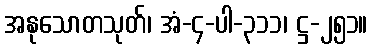
အနုသောတသုတ်၊ အံ-၄-ပါ-၃၁၁၊ ဋ္ဌ-၂၅၁။